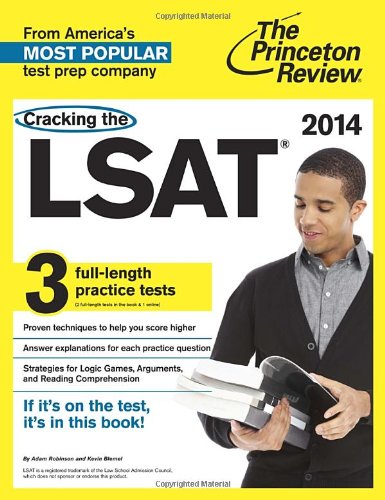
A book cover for Cracking the LSAT with 3 Practice Tests, 2014 Edition (Graduate School Test Preparation); Princeton Review; Education & Teaching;